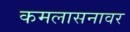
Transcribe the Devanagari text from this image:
कमलासनावर